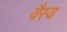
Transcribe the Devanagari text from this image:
वैस्‍व